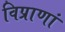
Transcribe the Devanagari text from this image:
विप्राणां